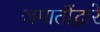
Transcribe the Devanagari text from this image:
जमातींद्वारे